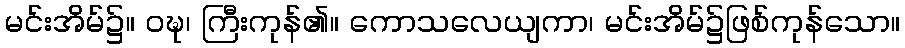
မင်းအိမ်၌။ ဝဍ္ဎ၊ ကြီးကုန်၏။ ကောသလေယျကာ၊ မင်းအိမ်၌ဖြစ်ကုန်သော။